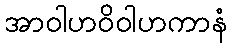
အာဝါဟဝိဝါဟကာနံ